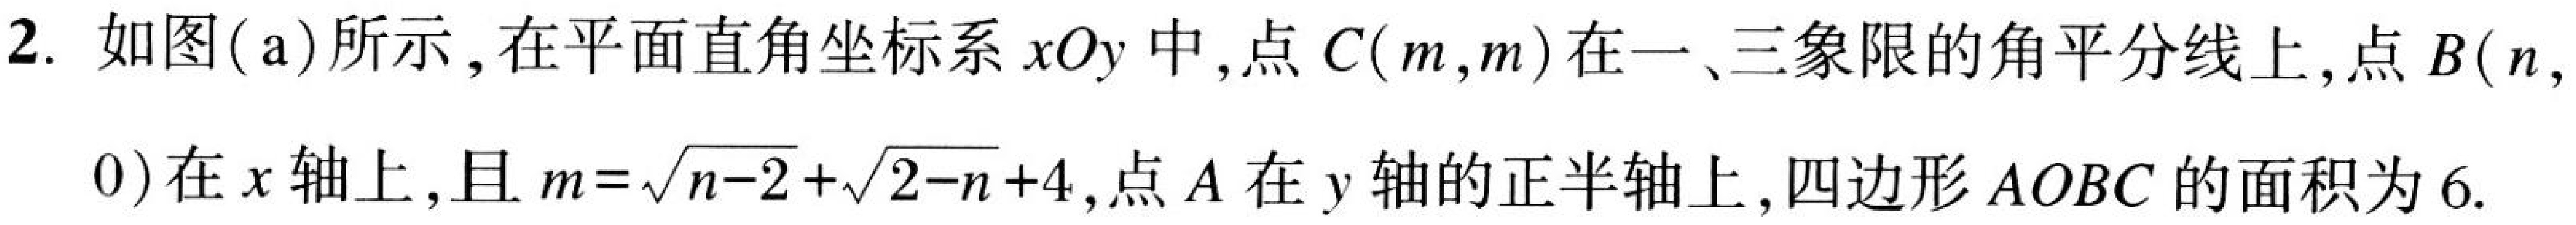
2. 如图(a)所示, 在平面直角坐标系 \(xOy\) 中, 点 \(C(m,m)\) 在一、三象限的角平分线上, 点 \(B(n,0)\) 在 \(x\) 轴上, 且 \(m = \sqrt{n - 2}+\sqrt{2 - n}+4\), 点 \(A\) 在 \(y\) 轴的正半轴上, 四边形 \(AOBC\) 的面积为 \(6\).